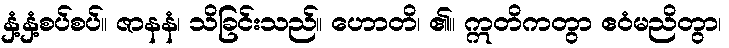
နှံ့နှံ့စပ်စပ်။ ဇာနနံ၊ သိခြင်းသည်။ ဟောတိ၊ ၏။ ဣတိကတွာ ဧဝံမညိတွာ၊